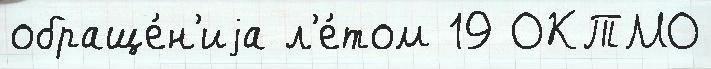
обраще́н'иjа л'е́том 19 ОКТМО